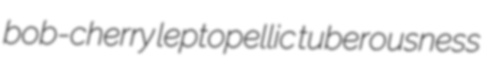
bob-cherry leptopellic tuberousness